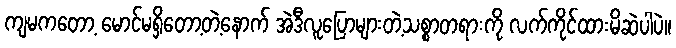
ကျမကတော့ မောင်မရှိတော့တဲ့နောက် အဲဒီလူပြောများတဲ့သစ္စာတရားကို လက်ကိုင်ထားမိဆဲပါပဲ။